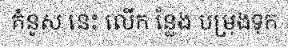
គំនូស នេះ លើក ន្លែង បម្រុងទុក